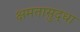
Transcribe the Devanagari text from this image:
क्षमतासुद्धा